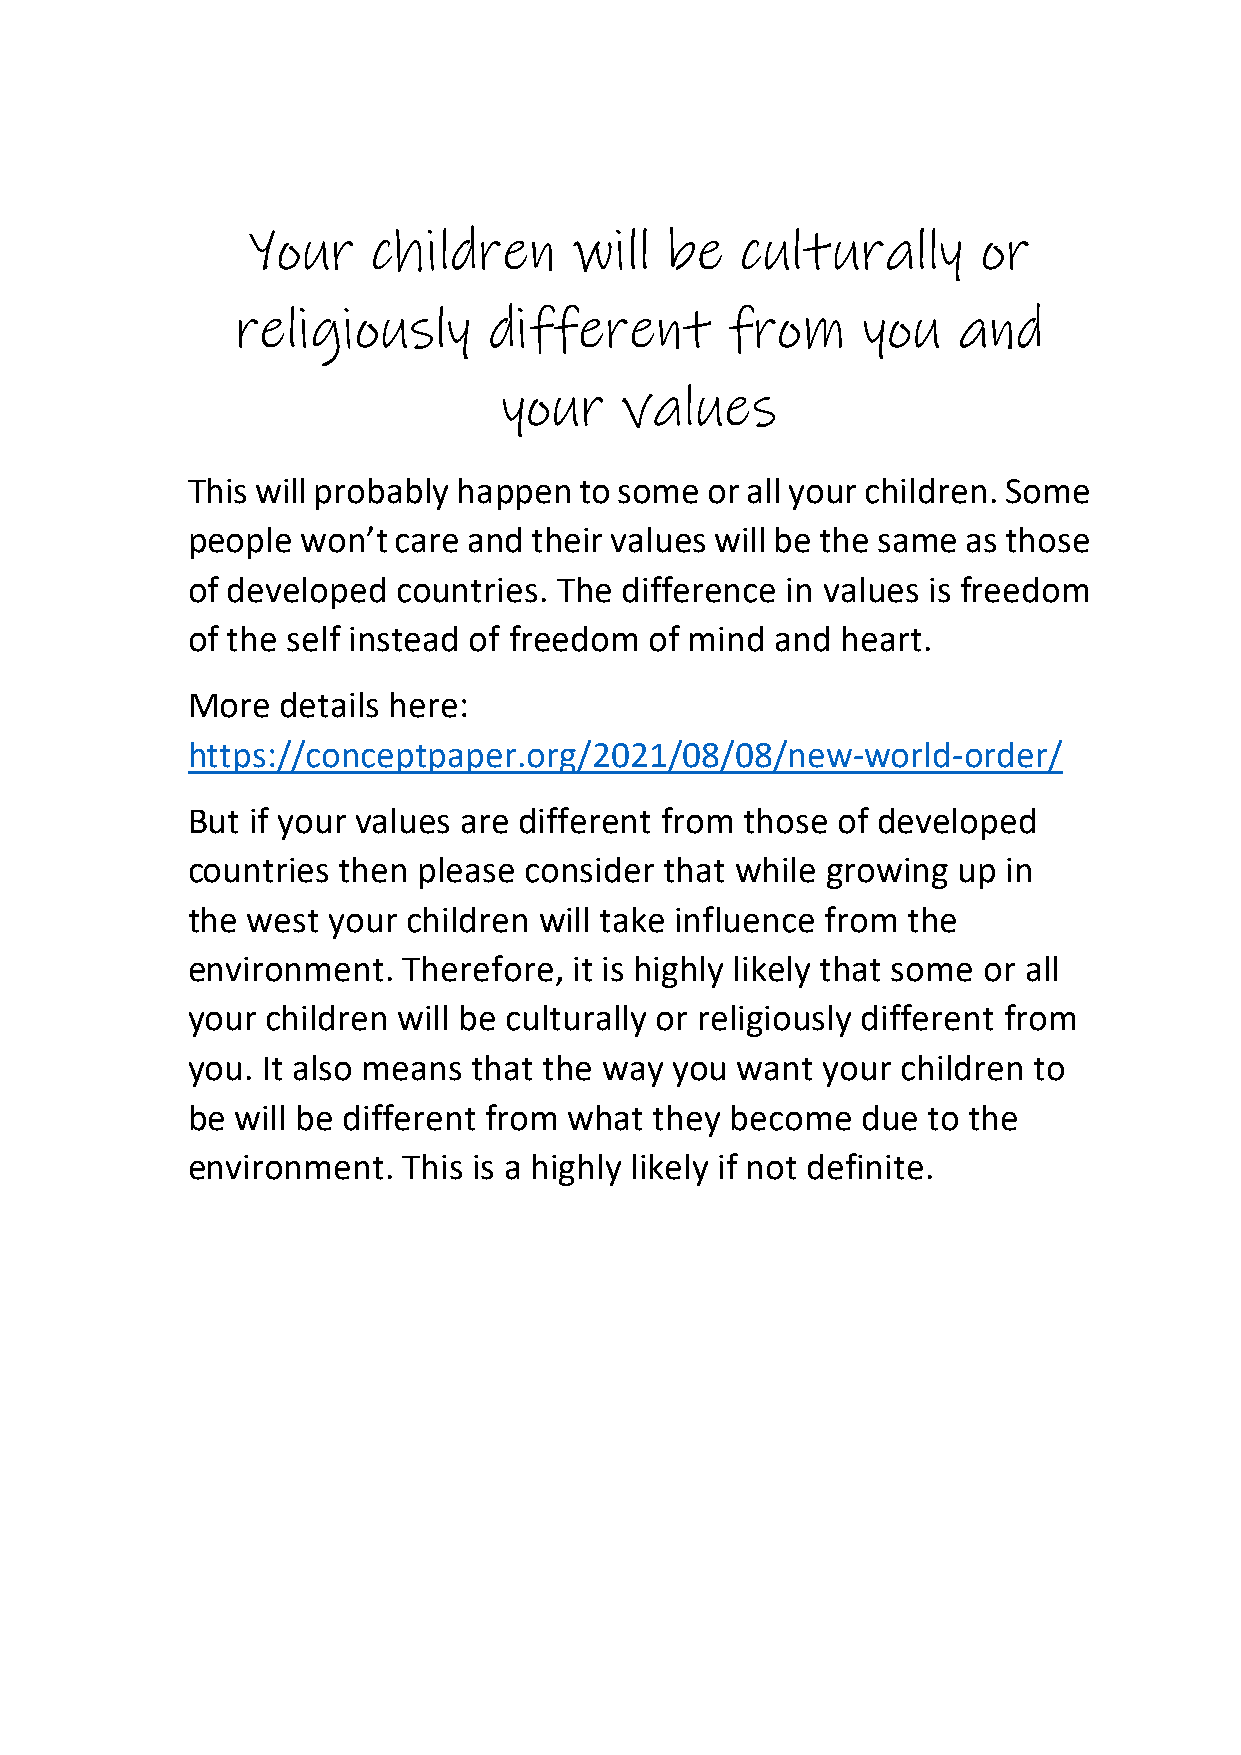
Your     children     will  be   culturally      or
 religiously     different       from     you   and
 your    values
 This will probably happen to some  or all your children. Some
 people  won’t care and their values will be the same as those
 of developed  countries. The difference in values is freedom
 of the self instead of freedom of mind and  heart.
 More   details here:
 https://conceptpaper.org/2021/08/08/new-world-order/
 But if your values are different from those of developed
 countries then  please consider that while growing up  in
 the west  your children will take influence from the
 environment.   Therefore, it is highly likely that some or all
 your  children will be culturally or religiously different from
 you. It also means that the way you  want your  children to
 be  will be different from what they become  due to the
 environment.   This is a highly likely if not definite.